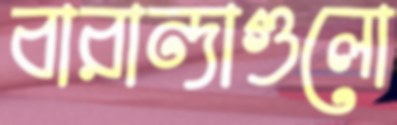
বারান্দাগুলো